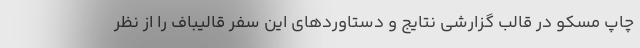
چاپ مسکو در قالب گزارشی نتایج و دستاوردهای این سفر قالیباف را از نظر